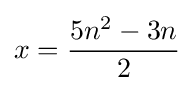
x={\frac {5n^{2}-3n}{2}}